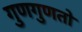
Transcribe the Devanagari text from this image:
गुणगुणतो